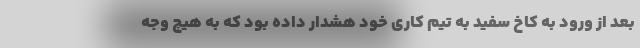
بعد از ورود به کاخ سفید به تیم کاری خود هشدار داده بود که به هیچ وجه